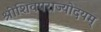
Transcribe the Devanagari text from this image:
श्रीशिवपराज्योदयम्